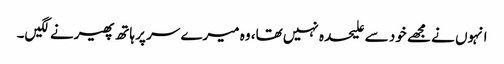
انہوں نے مجھے خود سے علیحدہ نہیں تھا، وہ میرے سر پر ہاتھ پھیرنے لگیں۔